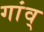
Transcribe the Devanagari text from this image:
गांव्